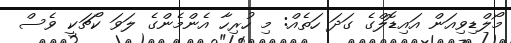
މޯލްޑިވިއަން އައިޑޮލްގެ ގަދަ ހަތެއް: މި ހުރިހާ އެންމެންގެ ލަވަ ކޯޗަކީ ވެސް